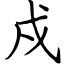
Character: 戍